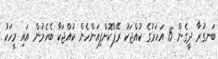
ބަނގުރާ ދީގެން 15 އަހަރުގެ ކުއްޖަކު ރޭޕްކޮށްފިއަންހެން ކުއްޖަކާ ބެހެމުން އައި މީހަކު